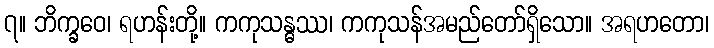
၇။ ဘိက္ခဝေ၊ ရဟန်းတို့။ ကကုသန္ဓဿ၊ ကကုသန်အမည်တော်ရှိသော။ အရဟတော၊